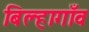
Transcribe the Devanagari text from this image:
बिल्हागाँव